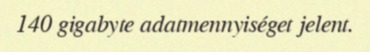
140 gigabyte adatmennyiséget jelent.